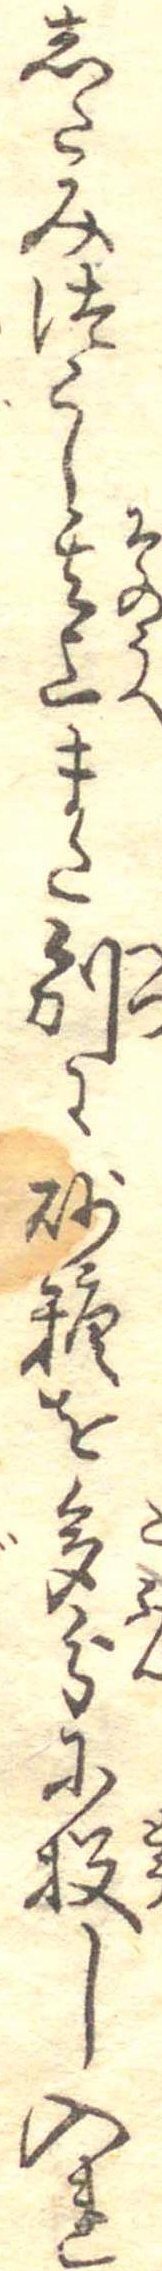
したみつくし其上また別に砂糖を多分に投し入れ